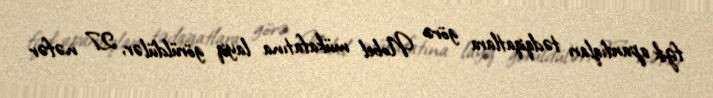
fizik apardıqları tədqiqatlara görə Nobel mükafatına layiq görüldülər, 27 nəfər